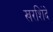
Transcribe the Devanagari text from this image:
खरशिंदे